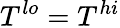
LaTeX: T^{lo}=T^{hi}